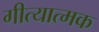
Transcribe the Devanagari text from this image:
गीत्यात्मक